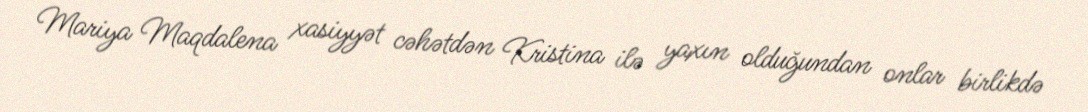
Mariya Maqdalena xasiyyət cəhətdən Kristina ilə yaxın olduğundan onlar birlikdə